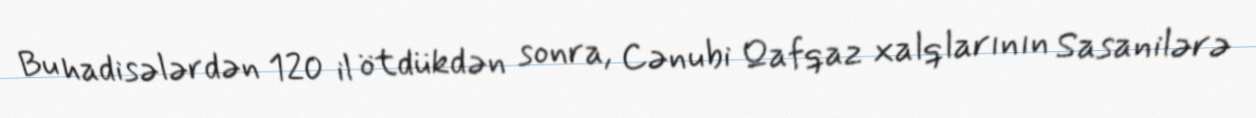
Bu hadisələrdən 120 il ötdükdən sonra, Cənubi Qafqaz xalqlarının Sasanilərə